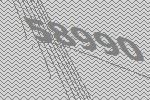
58990